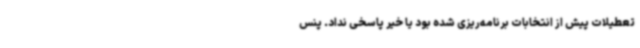
تعطیلات پیش از انتخابات برنامه‌ریزی شده بود یا خیر پاسخی نداد. پنس